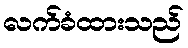
လက်ခံထားသည်